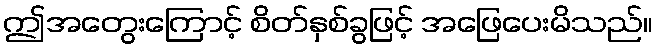
ဤအတွေးကြောင့် စိတ်နှစ်ခွဖြင့် အဖြေပေးမိသည်။